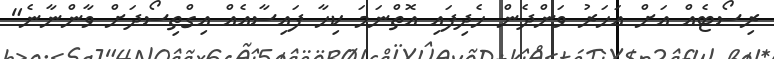
ރިސޯޓެއް އަށް އަހަރު ވަންދެން ހެދިފައި އޮތްނަމަ ކިހާ ފައިސާއެއް އިގްތިސޯދަށް ވާންނާނެ"